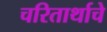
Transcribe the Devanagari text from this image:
चरितार्थाचे